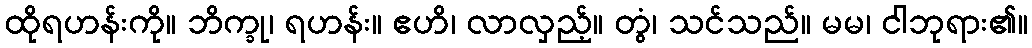
ထိုရဟန်းကို။ ဘိက္ခု၊ ရဟန်း။ ဧဟိ၊ လာလှည့်။ တွံ၊ သင်သည်။ မမ၊ ငါဘုရား၏။